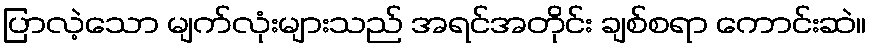
ပြာလဲ့သော မျက်လုံးများသည် အရင်အတိုင်း ချစ်စရာ ကောင်းဆဲ။